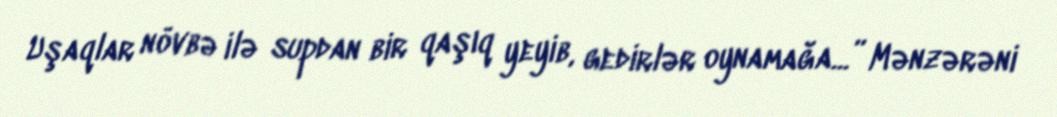
Uşaqlar növbə ilə supdan bir qaşıq yeyib, gedirlər oynamağa...” Mənzərəni